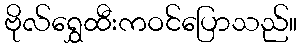
ဗိုလ်ရွှေထီးကဝင်ပြောသည်။